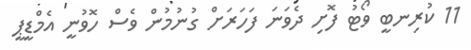
11 ކުރިނބީ ވޯޓު ފޮށި ދެވަނަ ފަހަރަށް ގުނުމުން ވެސް ހޮވުނީ އެމްޑީޕީ